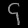
Digit: ၄